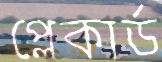
প্লেকার্ড